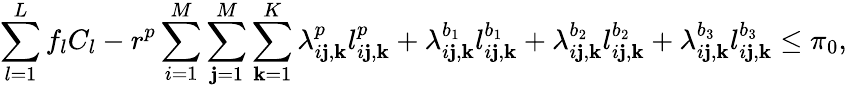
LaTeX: \sum_{l=1}^{L}f_{l}C_{l}-r^{p}\sum_{i=1}^{M}\sum_{\mathbf{j}=1}^{M}\sum_{\mathbf{k}=1}^{K}\lambda_{i\mathbf{j},\mathbf{k}}^{p}l_{i\mathbf{j},\mathbf{k}}^{p}+\lambda_{i\mathbf{j},\mathbf{k}}^{b_{1}}l_{i\mathbf{j},\mathbf{k}}^{b_{1}}+\lambda_{i\mathbf{j},\mathbf{k}}^{b_{2}}l_{i\mathbf{j},\mathbf{k}}^{b_{2}}+\lambda_{i\mathbf{j},\mathbf{k}}^{b_{3}}l_{i\mathbf{j},\mathbf{k}}^{b_{3}}\leq\pi_{0},